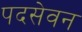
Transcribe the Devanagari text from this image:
पदसेवन